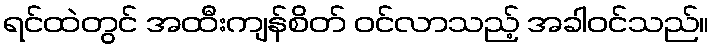
ရင်ထဲတွင် အထီးကျန်စိတ် ဝင်လာသည့် အခါဝင်သည်။